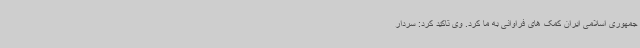
جمهوری اسلامی ایران کمک های فراوانی به ما کرد. وی تاکید کرد: سردار